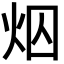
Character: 𪸜